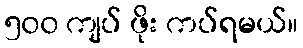
၅၀၀ ကျပ် ဖိုး ကပ်ရမယ်။